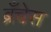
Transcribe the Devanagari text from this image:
ब्रँचेस